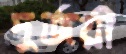
দুর্জয়ী